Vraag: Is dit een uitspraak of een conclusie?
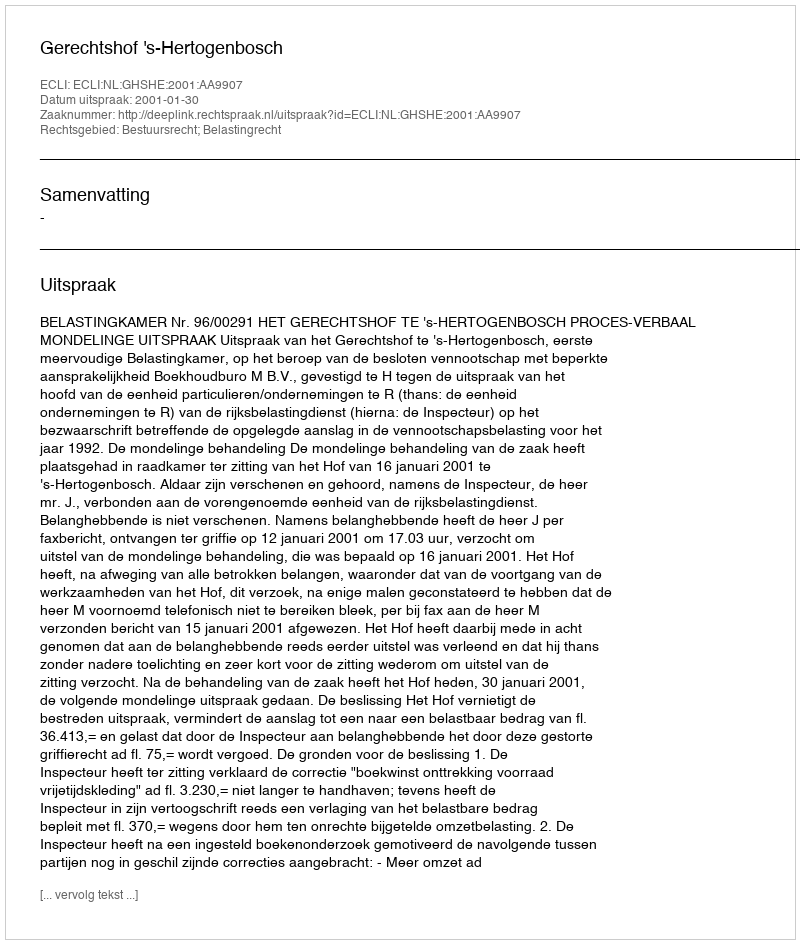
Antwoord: Uitspraak